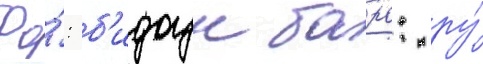
Фо́: б'идоун баро: ру́